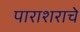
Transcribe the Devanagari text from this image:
पाराशराचे